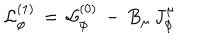
{ \cal L } _ { \phi } ^ { ( 1 ) } \, = \, { \cal L } _ { \phi } ^ { ( 0 ) } \, - \, B _ { \mu } \, J _ { \phi } ^ { \mu }